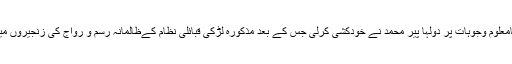
شادی کے بعد نامعلوم وجوہات پر دولہا پیر محمد نے خودکشی کرلی جس کے بعد مذکورہ لڑکی قبائلی نظام کےظالمانہ رسم و رواج کی زنجیروں میں جکڑ دی گئی۔